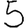
Digit: 5